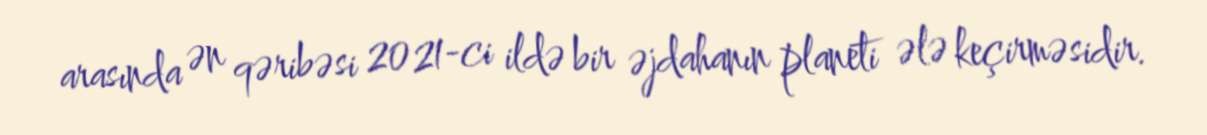
arasında ən qəribəsi 2021-ci ildə bir əjdahanın planeti ələ keçirməsidir.